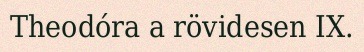
Theodóra a rövidesen IX.